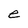
Character: e